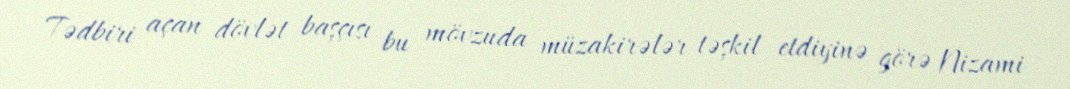
Tədbiri açan dövlət başçısı bu mövzuda müzakirələr təşkil etdiyinə görə Nizami